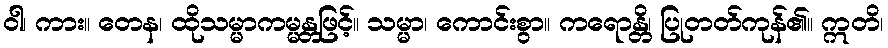
ဝါ၊ ကား။ တေန၊ ထိုသမ္မာကမ္မန္တဖြင့်။ သမ္မာ၊ ကောင်းစွာ။ ကရောန္တိ၊ ပြုတတ်ကုန်၏။ ဣတိ၊